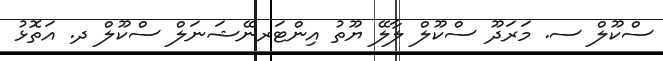
ސްކޫލް ސ. މަރަދޫ ސްކޫލް ލާލޭ ޔޫތު އިންޓަރނޭޝަނަލް ސްކޫލް ދ. އަތޮޅު